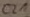
Text: C21